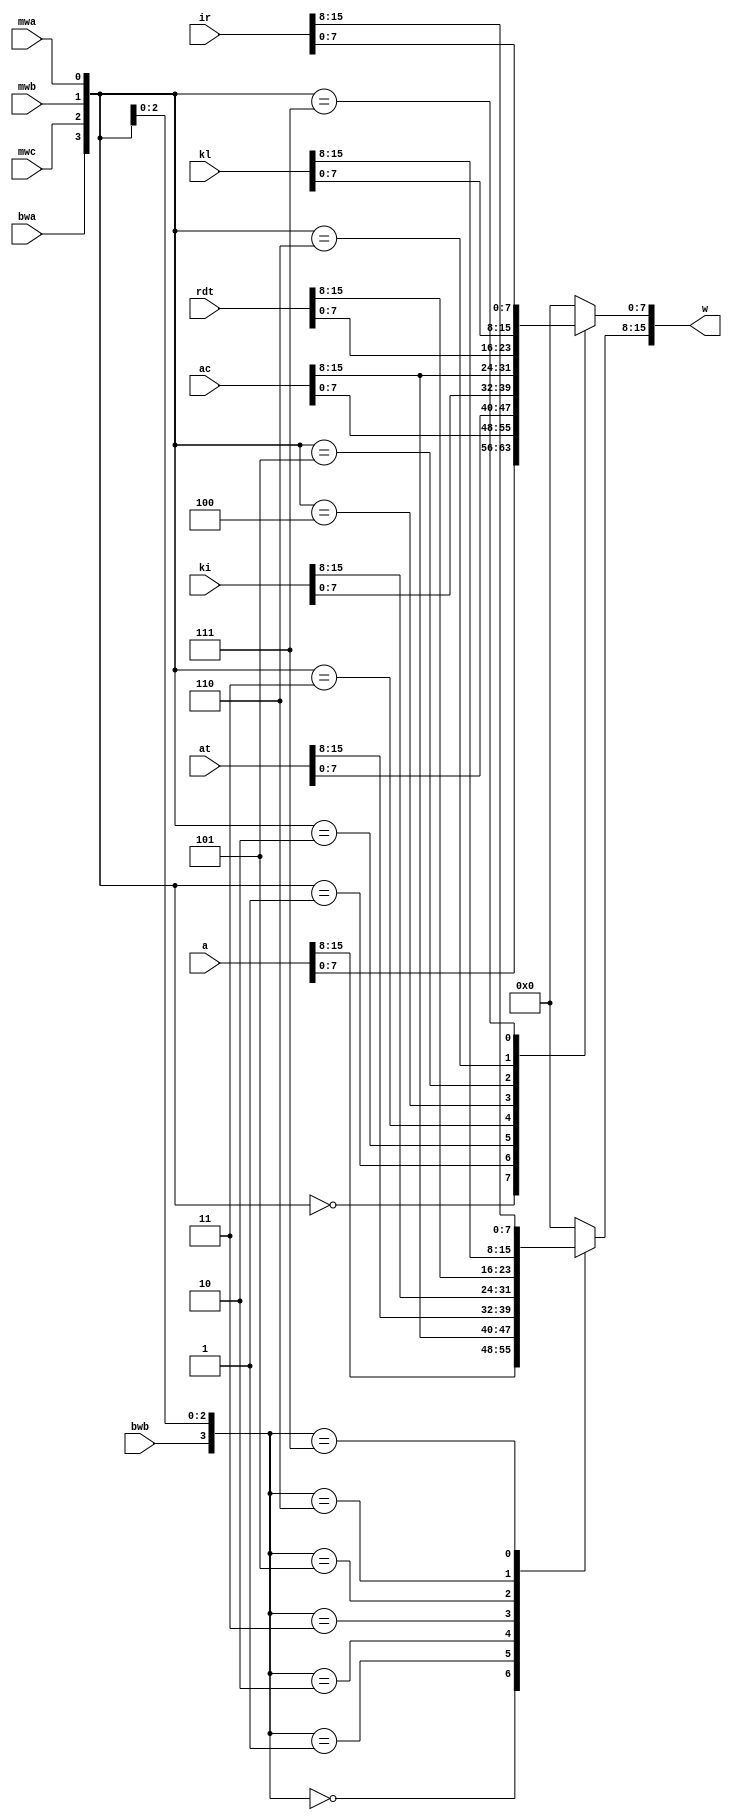
module bus_w(
	input mwc, mwb, mwa,
	input bwa, bwb,
	input [0:15] ir,
	input [0:15] kl,
	input [0:15] rdt,
	input [0:15] ki,
	input [0:15] at,
	input [0:15] ac,
	input [0:15] a,
	output [0:15] w
);

	always @ (*) begin
		case ({bwb, mwc, mwb, mwa})
			4'b0000 : w[0:7] = a[0:7];
			4'b0001 : w[0:7] = ac[0:7];
			4'b0010 : w[0:7] = at[0:7];
			4'b0011 : w[0:7] = ki[0:7];
			4'b0100 : w[0:7] = 8'd0;
			4'b0101 : w[0:7] = rdt[0:7];
			4'b0110 : w[0:7] = kl[0:7];
			4'b0111 : w[0:7] = ir[0:7];
			default : w[0:7] = 8'd0; // bwb = 1 (blokuj lewy bajt)
		endcase

		case ({bwa, mwc, mwb, mwa})
			4'b0000 : w[8:15] = a[8:15];
			4'b0001 : w[8:15] = ac[8:15];
			4'b0010 : w[8:15] = at[8:15];
			4'b0011 : w[8:15] = ki[8:15];
			4'b0100 : w[8:15] = ac[0:7];
			4'b0101 : w[8:15] = rdt[8:15];
			4'b0110 : w[8:15] = kl[8:15];
			4'b0111 : w[8:15] = ir[8:15];
			default : w[8:15] = 8'd0; // bwa = 1 (blokuj prawy bajt)
		endcase
	end

endmodule